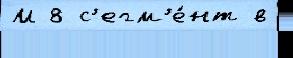
М 8 с'егм'е́нт в